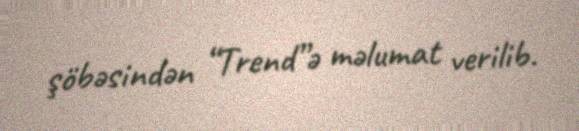
şöbəsindən “Trend”ə məlumat verilib.